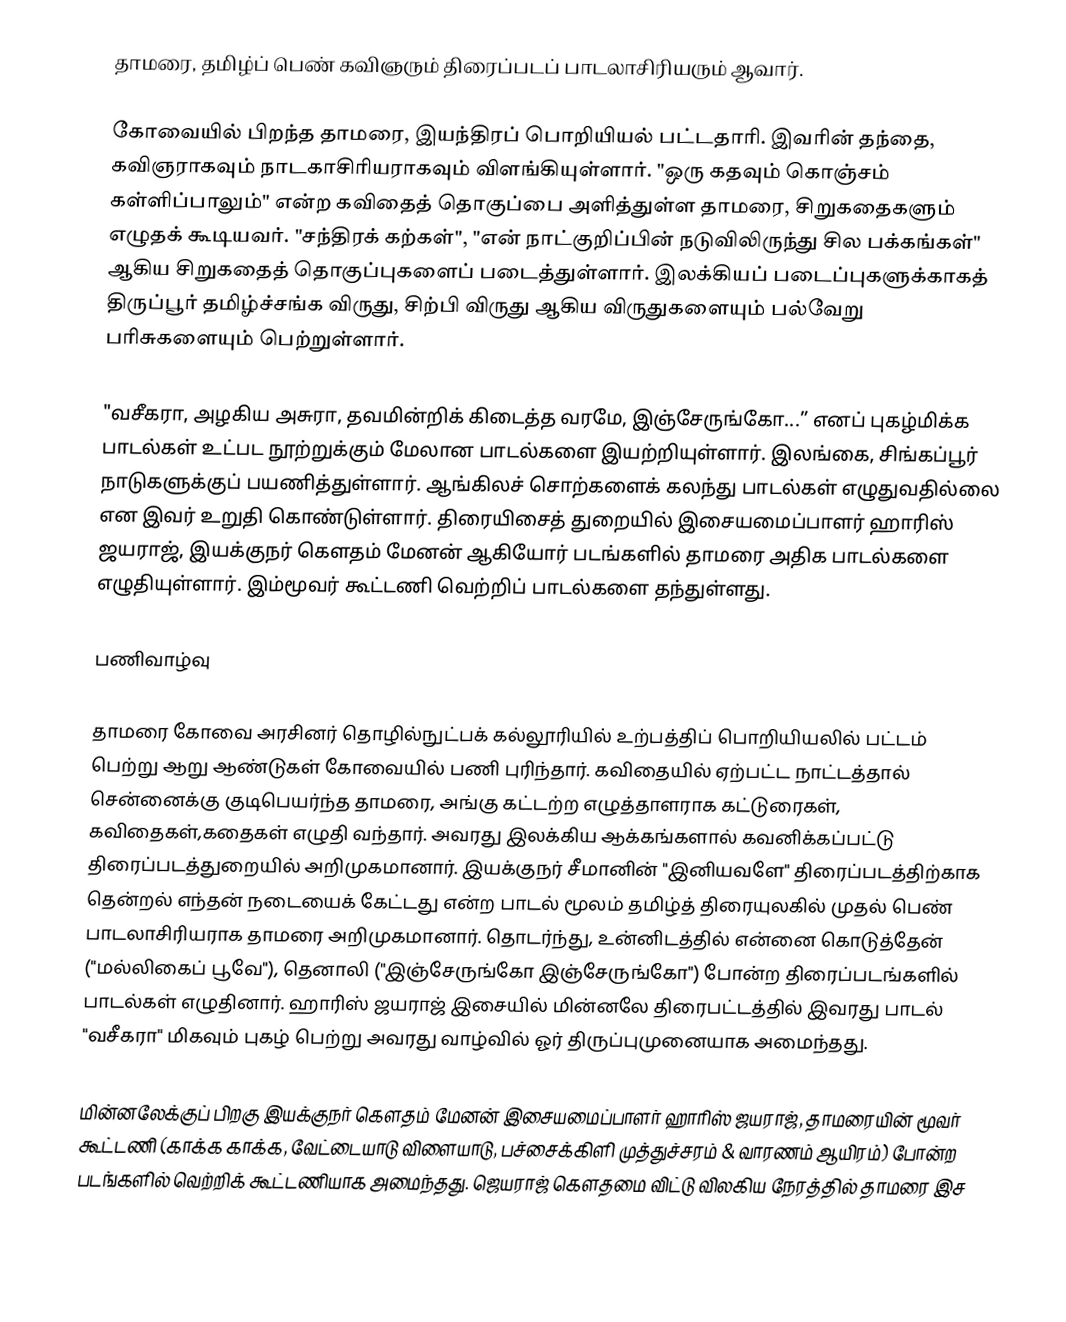
தாமரை, தமிழ்ப் பெண் கவிஞரும் திரைப்படப் பாடலாசிரியரும் ஆவார்.

கோவையில் பிறந்த தாமரை, இயந்திரப் பொறியியல் பட்டதாரி. இவரின் தந்தை, கவிஞராகவும் நாடகாசிரியராகவும் விளங்கியுள்ளார். "ஒரு கதவும் கொஞ்சம் கள்ளிப்பாலும்" என்ற கவிதைத் தொகுப்பை அளித்துள்ள தாமரை, சிறுகதைகளும் எழுதக் கூடியவர். "சந்திரக் கற்கள்", "என் நாட்குறிப்பின் நடுவிலிருந்து சில பக்கங்கள்" ஆகிய சிறுகதைத் தொகுப்புகளைப் படைத்துள்ளார். இலக்கியப் படைப்புகளுக்காகத் திருப்பூர் தமிழ்ச்சங்க விருது, சிற்பி விருது ஆகிய விருதுகளையும் பல்வேறு பரிசுகளையும் பெற்றுள்ளார்.

"வசீகரா, அழகிய அசுரா, தவமின்றிக் கிடைத்த வரமே, இஞ்சேருங்கோ...” எனப் புகழ்மிக்க பாடல்கள் உட்பட நூற்றுக்கும் மேலான பாடல்களை இயற்றியுள்ளார். இலங்கை, சிங்கப்பூர் நாடுகளுக்குப் பயணித்துள்ளார்.  ஆங்கிலச் சொற்களைக் கலந்து பாடல்கள் எழுதுவதில்லை என இவர் உறுதி கொண்டுள்ளார். திரையிசைத் துறையில் இசையமைப்பாளர் ஹாரிஸ் ஜயராஜ், இயக்குநர் கௌதம் மேனன் ஆகியோர் படங்களில் தாமரை அதிக பாடல்களை எழுதியுள்ளார். இம்மூவர் கூட்டணி  வெற்றிப் பாடல்களை தந்துள்ளது.

பணிவாழ்வு

தாமரை கோவை அரசினர் தொழில்நுட்பக் கல்லூரியில்  உற்பத்திப் பொறியியலில் பட்டம் பெற்று ஆறு ஆண்டுகள் கோவையில் பணி புரிந்தார். கவிதையில் ஏற்பட்ட நாட்டத்தால் சென்னைக்கு குடிபெயர்ந்த தாமரை, அங்கு கட்டற்ற எழுத்தாளராக கட்டுரைகள், கவிதைகள்,கதைகள் எழுதி வந்தார். அவரது இலக்கிய ஆக்கங்களால் கவனிக்கப்பட்டு  திரைப்படத்துறையில் அறிமுகமானார்.  இயக்குநர் சீமானின் "இனியவளே" திரைப்படத்திற்காக தென்றல் எந்தன் நடையைக் கேட்டது என்ற பாடல் மூலம் தமிழ்த் திரையுலகில் முதல் பெண் பாடலாசிரியராக தாமரை அறிமுகமானார். தொடர்ந்து,  உன்னிடத்தில் என்னை கொடுத்தேன் ("மல்லிகைப் பூவே"), தெனாலி ("இஞ்சேருங்கோ இஞ்சேருங்கோ") போன்ற திரைப்படங்களில் பாடல்கள் எழுதினார்.  ஹாரிஸ் ஜயராஜ் இசையில் மின்னலே திரைபட்டத்தில் இவரது பாடல் "வசீகரா" மிகவும் புகழ் பெற்று அவரது வாழ்வில் ஓர் திருப்புமுனையாக அமைந்தது.

மின்னலேக்குப் பிறகு  இயக்குநர் கௌதம் மேனன் இசையமைப்பாளர் ஹாரிஸ் ஜயராஜ், தாமரையின் மூவர் கூட்டணி (காக்க காக்க, வேட்டையாடு விளையாடு, பச்சைக்கிளி முத்துச்சரம் & வாரணம் ஆயிரம்) போன்ற படங்களில் வெற்றிக் கூட்டணியாக அமைந்தது.  ஜெயராஜ் கௌதமை விட்டு விலகிய நேரத்தில்  தாமரை இச